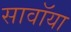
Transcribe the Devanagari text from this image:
सावॉया